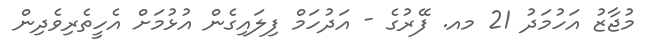
މުޖާޒު އަހުމަދު 21 މއ. ފޭރުގެ - އަދުހަމް ފިލައިގެން އުޅުމަށް އެހީތެރިވެދިން